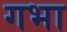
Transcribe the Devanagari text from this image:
गभा